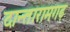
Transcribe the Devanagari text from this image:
दान्तारामगढ़